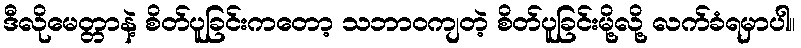
ဒီလိုမေတ္တာနဲ့ စိတ်ပူခြင်းကတော့ သဘာဝကျတဲ့ စိတ်ပူခြင်းမို့လို့ လက်ခံရမှာပါ။